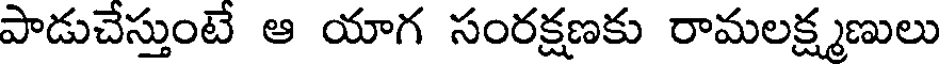
పాడుచేస్తుంటే ఆ యాగ సంరక్షణకు రామలక్ష్మణులు